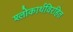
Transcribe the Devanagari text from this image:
श्लोकार्थविरहित